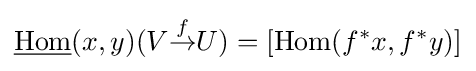
{\underline {\operatorname {Hom} }}(x,y)(V{\overset {f}{\to }}U)=[\operatorname {Hom} (f^{*}x,f^{*}y)]